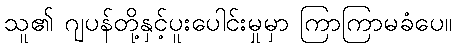
သူ၏ ဂျပန်တို့နှင့်ပူးပေါင်းမှုမှာ ကြာကြာမခံပေ။